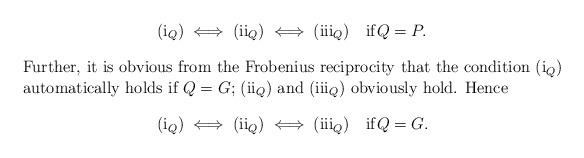
LaTeX: \begin{align*}({\rm i}_{Q}) \iff ({\rm ii}_{Q}) \iff ({\rm iii}_{Q})\quad&{\rm if}Q=P.\\\intertext{Further, it is obvious from the Frobenius reciprocity that the condition (i$_{Q}$) automatically holds if $Q=G$; (ii$_{Q}$) and (iii$_{Q}$) obviously hold. Hence}({\rm i}_{Q}) \iff ({\rm ii}_{Q}) \iff ({\rm iii}_{Q})\quad& {\rm if}Q=G.\end{align*}